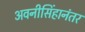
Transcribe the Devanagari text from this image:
अवनीसिंहानंतर